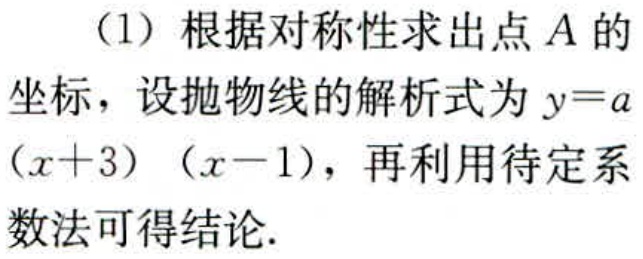
（1）根据对称性求出点\(A\)的坐标，设抛物线的解析式为\(y = a(x + 3)(x - 1)\)，再利用待定系数法可得结论.